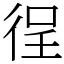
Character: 徎